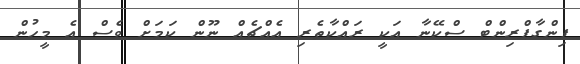
ފިންގާޕްރިންޓް ސްކޭނާ އަކީ ރައްކާތެރި އެއްޗެއް ނޫން ކަމަށް ވެސް އެ މީހުން